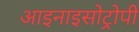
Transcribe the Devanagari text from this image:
आइनाइसोट्रोपी